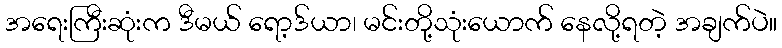
အရေးကြီးဆုံးက ဒီမယ် ရော့ဒ်ယာ၊ မင်းတို့သုံးယောက် နေလို့ရတဲ့ အချက်ပဲ။